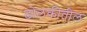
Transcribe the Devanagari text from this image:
ढोलकीतील